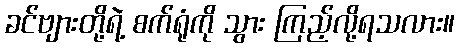
ခင်ဗျားတို့ရဲ့ စက်ရုံကို သွား ကြည့်လို့ရသလား။